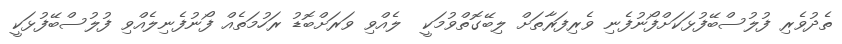
ތެދުވެރި ފުލުސްބޭފުޅަކަށްފޯނުފެނި ވެރިފަރާތަށް ލިބޭގޮތްވުމަކީ  ލެއްވި ވަރަށްބޮޑު ރަހުމަތެއް ފޯނުފެނިލެއްވި ފުލުސްބޭފުޅަކީ